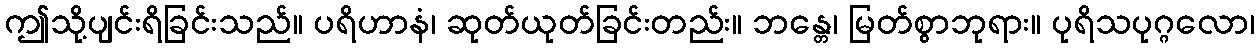
ဤသို့ပျင်းရိခြင်းသည်။ ပရိဟာနံ၊ ဆုတ်ယုတ်ခြင်းတည်း။ ဘန္တေ၊ မြတ်စွာဘုရား။ ပုရိသပုဂ္ဂလော၊